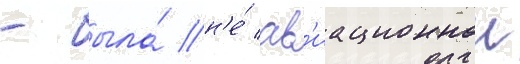
- была́ н'е́ ав'иационнои